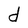
Character: d